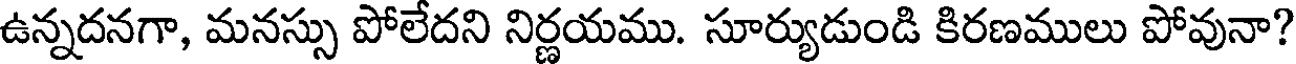
ఉన్నదనగా, మనస్సు పోలేదని నిర్ణయము. సూర్యుడుండి కిరణములు పోవునా?